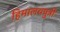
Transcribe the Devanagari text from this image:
हिमालयपुत्री